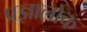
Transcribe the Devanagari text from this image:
प्रज्ञालोक